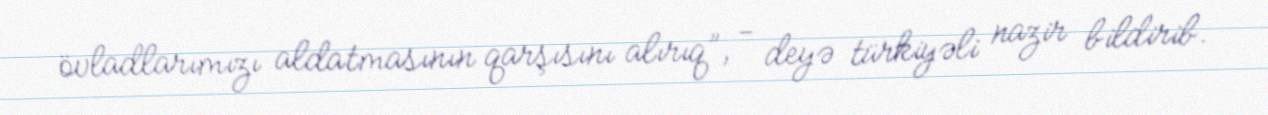
övladlarımızı aldatmasının qarşısını alırıq”, - deyə türkiyəli nazir bildirib.